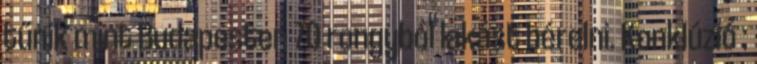
tűnik mint Budapesten 70 rongyból lakást bérelni. Konklúzió :